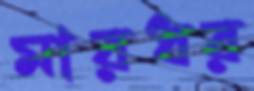
মারধর